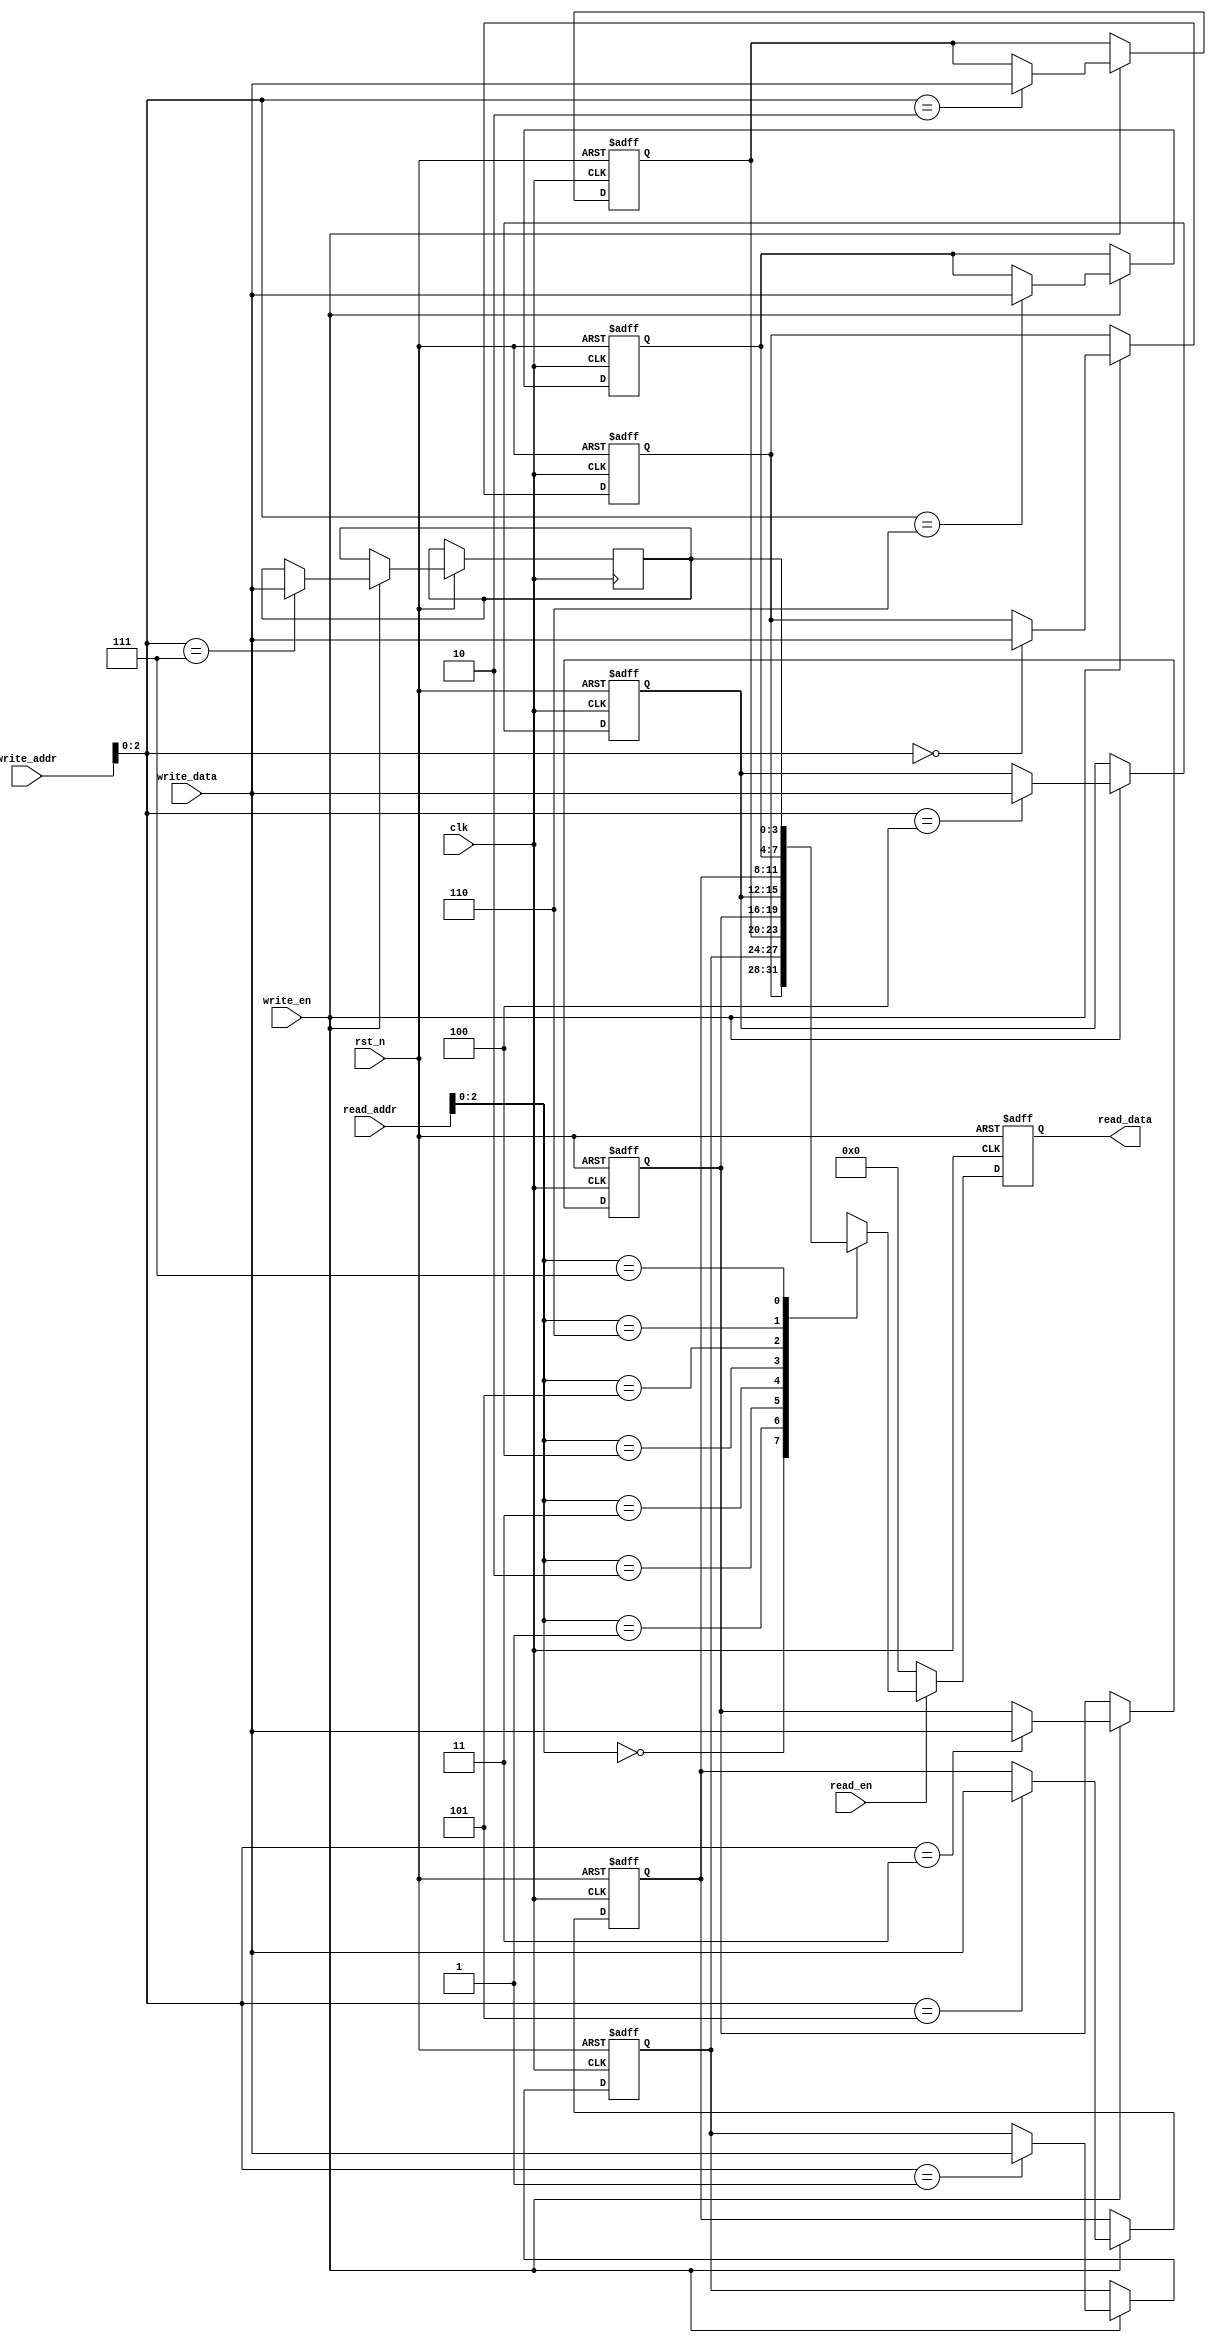
`timescale 1ns/1ns
module ram_mod(
	input clk,
	input rst_n,
	
	input write_en,
	input [7:0]write_addr,
	input [3:0]write_data,
	
	input read_en,
	input [7:0]read_addr,
	output reg [3:0]read_data
);

reg [3:0] write_data_r [0:7];
integer i;

always @(posedge clk or negedge rst_n) begin
    if(!rst_n) begin
      for(i = 0; i < 7; i = i + 1)
        write_data_r[i] <= 0; 
    end
    else if (write_en) begin
        write_data_r[write_addr] <= write_data;
    end
end

always @(posedge clk or negedge rst_n) begin
    if(!rst_n) begin
        read_data <= 0;
    end
    else if (read_en) begin
        read_data <= write_data_r[read_addr];
    end
    else begin
      read_data <= 0;
    end
end
	

endmodule